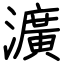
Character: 瀇